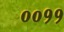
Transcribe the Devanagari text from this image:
००११